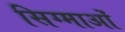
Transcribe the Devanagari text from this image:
सिग्माओं